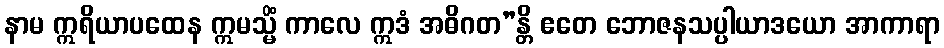
နာမ ဣရိယာပထေန ဣမသ္မိံ ကာလေ ဣဒံ အဓိဂတ”န္တိ ဧတေ ဘောဇနသပ္ပါယာဒယော အာကာရာ